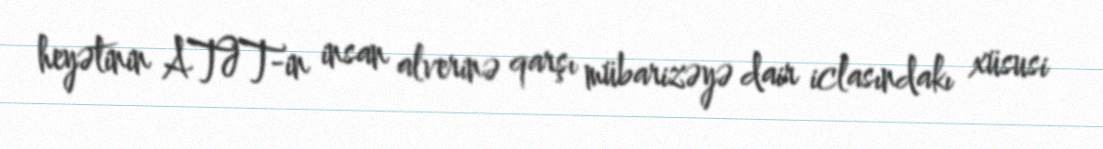
heyətinin ATƏT-in insan alverinə qarşı mübarizəyə dair iclasındakı xüsusi